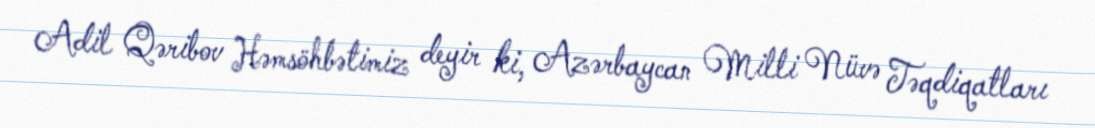
Adil Qəribov Həmsöhbətimiz deyir ki, Azərbaycan Milli Nüvə Təqdiqatları